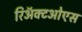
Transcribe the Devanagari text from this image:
रिॲक्टओएस